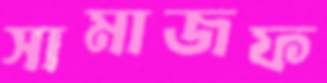
সামাজফ